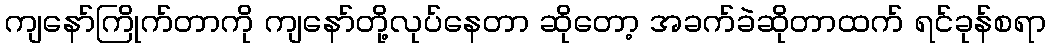
ကျနော်ကြိုက်တာကို ကျနော်တို့လုပ်နေတာ ဆိုတော့ အခက်ခဲဆိုတာထက် ရင်ခုန်စရာ